Annual report of the Civil Veterinary Department, Bengal, for the year 1896-97 - 1896-1897
Year: 1896
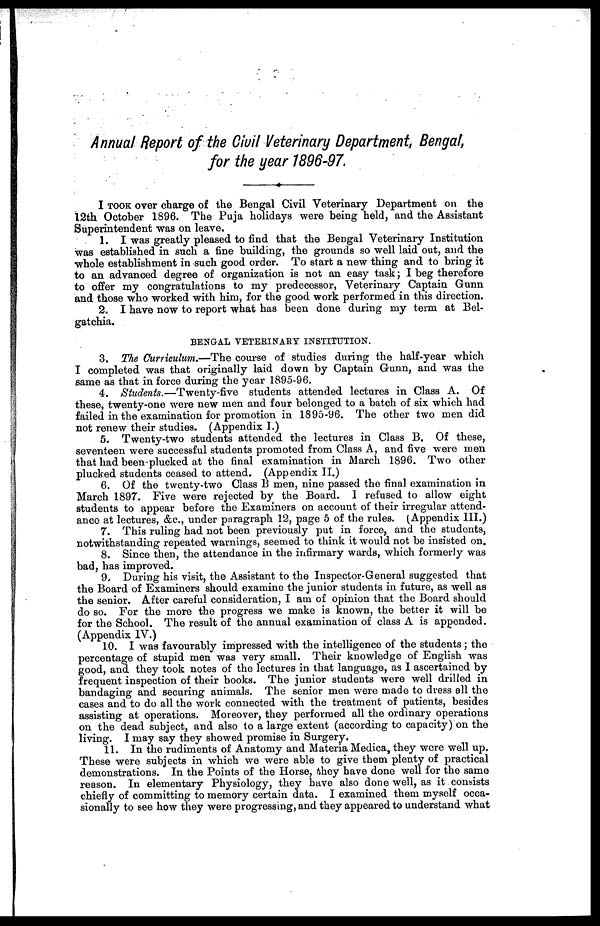
Annual Report of the Civil Veterinary Department, Bengal,
for the year 1896-97.
I TOOK over charge of the Bengal Civil Veterinary Department on the
12th October 1896. The Puja holidays were being held, and the Assistant
Superintendent was on leave.
1. I was greatly pleased to find that the Bengal Veterinary Institution
was established in such a fine building, the grounds so well laid out, and the
whole establishment in such good order. To start a new thing and to bring it
to an advanced degree of organization is not an easy task; I beg therefore
to offer my congratulations to my predecessor, Veterinary Captain Gunn
and those who worked with him, for the good work performed in this direction.
2. I have now to report what has been done during my term at Bel-
gatchia.
BENGAL VETERINARY INSTITUTION.
3. The Curriculum.—The course of studies during the half-year which
I completed was that originally laid down by Captain Gunn, and was the
same as that in force during the year 1895-96.
4. Students.—Twenty-five
students attended lectures in Class A. Of
these, twenty-one were new men and four belonged to a batch of six which had
failed in the examination for promotion in 1895-96. The other two men did
not renew their studies. (Appendix I.)
5. Twenty-two students attended the lectures in Class B. Of these,
seventeen were successful students promoted from Class A, and five were men
that had been plucked at the final examination in March 1896. Two other
plucked students ceased to attend. (Appendix II.)
6. Of the twenty-two Class B men, nine passed the final examination in
March 1897. Five were rejected by the Board. 1 refused to allow eight
students to appear before the Examiners on account of their irregular attend-
ance at lectures, &c., under paragraph 12, page 5 of the rules. (Appendix III.)
7. This ruling had not been previously put in force, and the students,
notwithstanding repeated warnings, seemed to think it would not be insisted on.
8. Since then, the attendance in the infirmary wards, which formerly was
bad, has improved.
9. During his visit, the Assistant to the Inspector-General suggested that
the Board of Examiners should examine the junior students in future, as well as
the senior. After careful consideration, I am of opinion that the Board should
do so. For the more the progress we make is known, the better it will be
for the School. The result of the annual examination of class A is appended.
(Appendix IV.)
10. I was favourably impressed with the intelligence of the students; the
percentage of stupid men was very small. Their knowledge of English was
good, and they took notes of the lectures in that language, as I ascertained by
frequent inspection of their books. The junior students were well drilled in
bandaging and securing animals. The senior men were made to dress all the
cases and to do all the work connected with the treatment of patients, besides
assisting at operations. Moreover, they performed all the ordinary operations
on the dead subject, and also to a large extent (according to capacity) on the
living. I may say they showed promise in Surgery.
11. In the rudiments of Anatomy and Materia Medica, they were well up.
These were subjects in which we were able to give them plenty of practical
demonstrations. In the Points of the Horse, they have done well for the same
reason. In elementary Physiology, they have also done well, as it consists
chiefly of committing to memory certain data. I examined them myself occa-
sionally to see how they were progressing, and they appeared to understand what